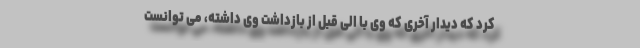
کرد که دیدار آخری که وی با الی قبل از بازداشت وی داشته، می ‌توانست